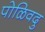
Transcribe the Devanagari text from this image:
पोळिवदु